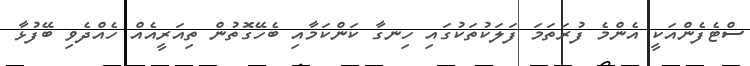
ސްޓެފެންއަކީ އެންމެ ފުރަތަމަ ފަލަކުތަކުގައި ހިނގާ ކަންކަމާއި ބެހޭގޮތުން ތިއަރީއެއް ހެއްދެވި ބޭފުޅާ